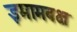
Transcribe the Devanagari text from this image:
इमामबक्ष